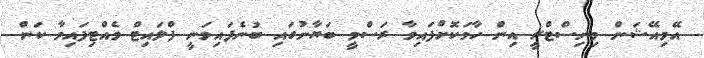
އޭވިއޭޝަން މިނިސްޓްރީ އިން ހާމަކޮށްފައިވާ ރަސްމީ ބަޔާނުގައި ބުނެފައިވަނީ ފްލައިޓް ވެއްޓިފައިވާ ކަން